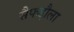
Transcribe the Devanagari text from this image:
सैफद्दौला